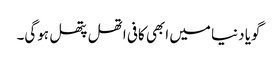
گویا دنیا میں ابھی کافی اتھل پتھل ہوگی۔